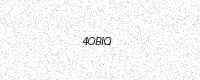
Text: 4OBIQ